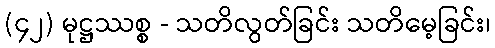
(၄၂) မုဋ္ဌဿစ္စ - သတိလွတ်ခြင်း သတိမေ့ခြင်း၊